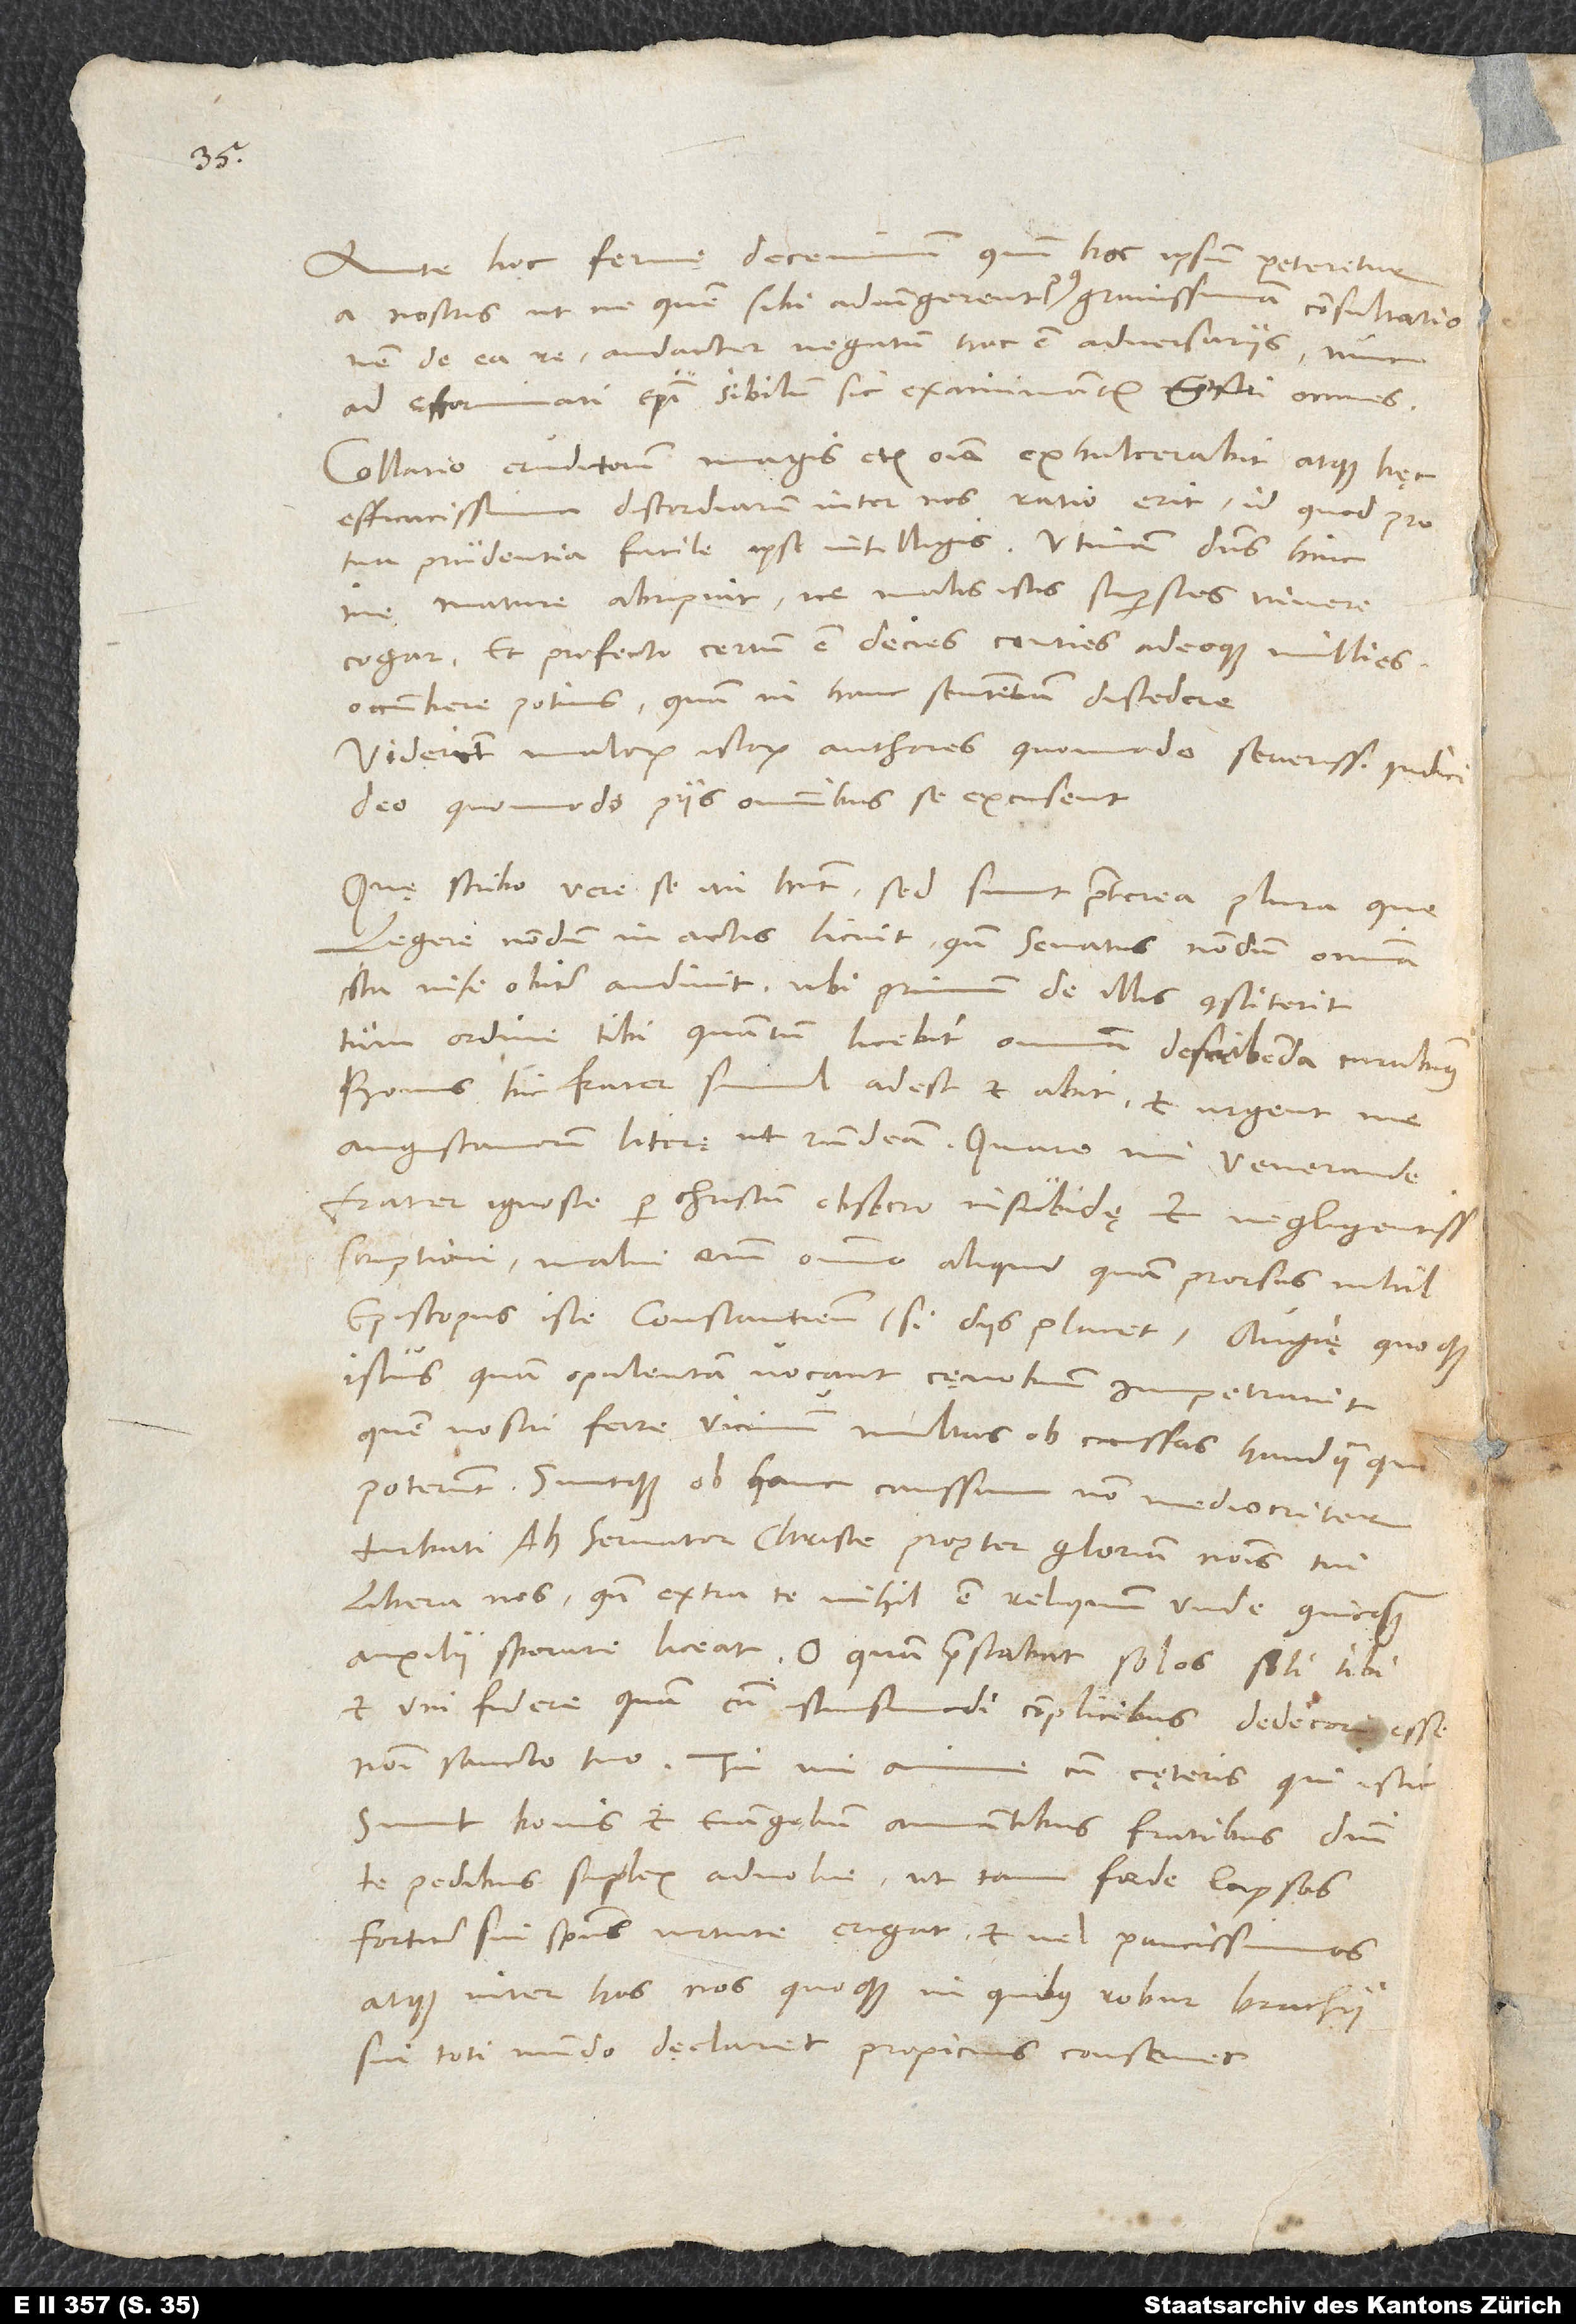
Ante hoc ferme decennium, quum hoc ipsum peteretur
a nostris, ut ne quem sibi adiungerent, post gravissimam consultationem
de ea re audacter negatum hoc est adversariis; nunc
ad effeminati episcopi sibilum sic exanimantur isti omnes.
Collatio eruditorum magis etiam omnia exulcerabit atque hęc
efficacissima discordiarum inter nos ratio erit. Id quod pro
tua prudentia facile ipse intelligis. Utinam dominus hinc
me mature abripiat, ne malis istis superstes vivere
cogar! Et profecto certum est decies, centies adeoque millies
occumbere potius quam in hanc sententiam discedere.
Viderint malorum istorum authores, quomodo severissimo iudicii
deo, quomodo piis omnibus se excusent.
Quę scribo, vere se ita habent. Sed sunt praeterea plura, que
legere nondum in actis licuit, quando senatus nondum omnia
tum ordine tibi, quantum licebit, omnia describenda curabimus.
Bonus hic frater simul adest et abit, et urgent me
Augustanorum literę, ut respondeam. Quare, mi venerande
frater, ignosce, per Christum obsecro, insubidę et negligentissimae
scriptioni; malui enim omnino aliquid quam prorsus nihil.
Episcopus iste Constantiensis, si diis placet, Augię quoque
istius, quam opulentam vocant, cęnobium impetravit,
quem nostri ferre vicinum multas ob caussas haudquaquam
poterunt, suntque ob hanc caussam non mediocriter
Ah, servator Christe, propter gloriam nominis tui
libera nos, quando extra te nihil est reliquum, unde quicquam
auxilii sperare liceat. O quam praestabat solos soli tibi
et uni fidere quam cum istiusmodi complicibus dedecori esse
nomini sancto tuo! Tu, mi anime, cum cęteris, qui istic
sunt, bonis et evangelium amantibus fratribus domini
te pedibus supplex advolve, ut tam foede lapsos
fortiter sui spiritus virtute erigat et vel paucissimos
atque inter hos nos quoque, in quibus robur brachii
sui toti mundo declaret, propicius conservet.